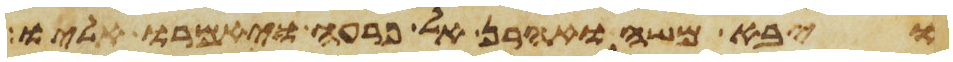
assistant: ויבא משה ואהרן אל פרעה ויאמרו אליו